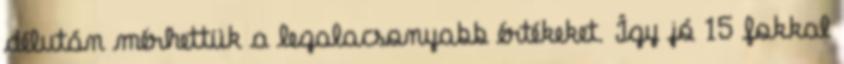
délután mérhettük a legalacsonyabb értékeket. Így jó 15 fokkal